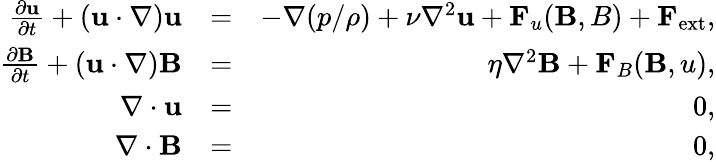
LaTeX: \begin{array}{rlr}{\frac{\partial{\mathbf u}}{\partial t}+({\mathbf u}\cdot\nabla){\mathbf u}}&{=}&{-\nabla({p}/{\rho})+\nu\nabla^{2}{\mathbf u}+{\mathbf F}_{u}({\mathbf B,B})+{\mathbf F}_{\mathrm{ext}},}\\ {\frac{\partial{\mathbf B}}{\partial t}+({\mathbf u}\cdot\nabla){{\mathbf B}}}&{=}&{\eta\nabla^{2}{{\mathbf B}}+{\mathbf F}_{B}({\mathbf B,u}),}\\ {\nabla\cdot{\mathbf u}}&{=}&{0,}\\ {\nabla\cdot{\mathbf B}}&{=}&{0,}\end{array}